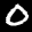
Label: 0